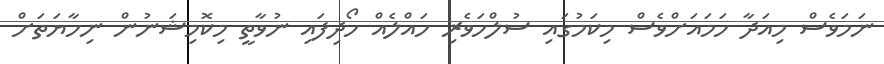
ނަމަވެސް މިއަދާ ހަމައަށްވެސް މިކަމުގައި ސުލްހަވެރި ހައްލެއް ހޯދިފައި ނުވާތީ މިކޮމިޝަނުން ނިހާޔަތަށް